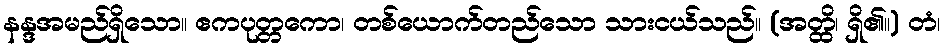
နန္ဒအမည်ရှိသော။ ဧကပုတ္တကော၊ တစ်ယောက်တည်သော သားငယ်သည်။ (အတ္ထိ၊ ရှိ၏။) တံ၊